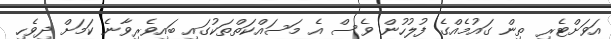
އަވަށްޓެރި ތިން ގައުމެއްގެ ފުލުހުން ވެސް އެ މަސައްކަތްތަކުގައި ބައިވެރިވާނެ ކަމަށް ދިވެހި